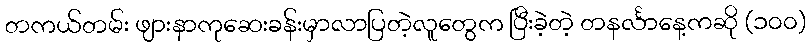
တကယ်တမ်း ဖျားနာကုဆေးခန်းမှာလာပြတဲ့လူတွေက ပြီးခဲ့တဲ့ တနင်္လာနေ့ကဆို (၁၀၀)